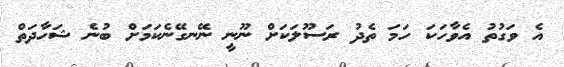
އެ ވަގުތު އެވާހަކަ ހަމަ ތެދު ރަސޫލަކަށް ނޫނީ ނޭނގޭނެކަމަށް ބުނެ ޝަހާދަތް